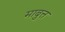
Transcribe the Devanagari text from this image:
माबुत्त